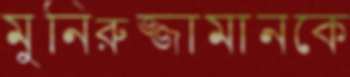
মুনিরুজ্জামানকে